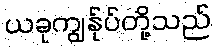
ယခုကျွန်ုပ်တို့သည်